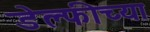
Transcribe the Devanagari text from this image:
डेल्फीच्या